Indian journal of veterinary science and animal husbandry - Volume 8,
Year: 1938
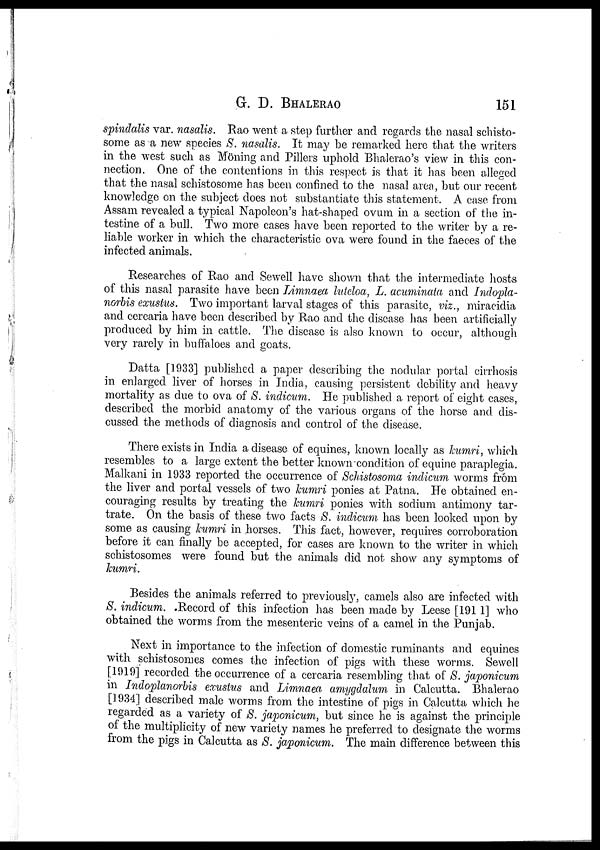
G. D.
BHALERAO
151
spindalis var. nasalis. Rao went a step further and regards the nasal schisto-
some as a new species S. nasalis. It may be remarked here that the writers
in the west such as Möning and Pillers uphold Bhalerao's view in this con-
nection. One of the contentions in this respect is that it has been alleged
that the nasal schistosome has been confined to the nasal area, but our recent
knowledge on the subject does not substantiate this statement. A case from
Assam revealed a typical Napoleon's hat-shaped ovum in a section of the in-
testine of a bull. Two more cases have been reported to the writer by a re-
liable worker in which the characteristic ova were found in the faeces of the
infected animals.
Researches of Rao and Sewell have shown that the intermediate hosts
of this nasal parasite have been Limnaea luteloa, L. acuminata and Indopla-
norbis exustus. Two important larval stages of this parasite, viz., miracidia
and cercaria have been described by Rao and the disease has been artificially
produced by him in cattle. The disease is also known to occur, although
very rarely in buffaloes and goats.
Datta [1933] published a paper describing the nodular portal cirrhosis
in enlarged liver of horses in India, causing persistent debility and heavy
mortality as due to ova of S. indicum. He published a report of eight cases,
described the morbid anatomy of the various organs of the horse and dis-
cussed the methods of diagnosis and control of the disease.
There exists in India a disease of equines, known locally as kumri, which
resembles to a large extent the better known-condition of equine paraplegia.
Malkani in 1933 reported the occurrence of Schistosoma indicium worms from
the liver and portal vessels of two kumri ponies at Patna. He obtained en-
couraging results by treating the kumri ponies with sodium antimony tar-
trate. On the basis of these two facts S. indicum has been looked upon by
some as causing kumri in horses. This fact, however, requires corroboration
before it can finally be accepted, for cases are known to the writer in which
schistosomes were found but the animals did not show any symptoms of
kumri.
Besides the animals referred to previously, camels also are infected with
S. indicum. Record of this infection has been made by Leese [191 1] who
obtained the worms from the mesenteric veins of a camel in the Punjab.
Next in importance to the infection of domestic ruminants and equines
with schistosomes comes the infection of pigs with these worms. Sewell
[1919] recorded the occurrence of a cercaria resembling that of S. japonicum
in Indoplanorbis exustus and Limnaea amygdalum in Calcutta. Bhalerao
[1934] described male worms from the intestine of pigs in Calcutta which he
regarded as a variety of S. japonicum, but since he is against the principle
of the multiplicity of new variety names he preferred to designate the worms
from the pigs in Calcutta as S. japonicum. The main difference between this